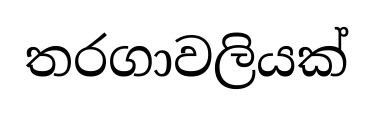
තරගාවලියක්